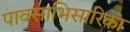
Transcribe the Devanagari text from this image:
पावसाभिसारिका